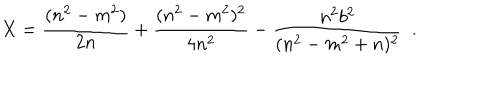
LaTeX: X = \frac { ( n ^ { 2 } - m ^ { 2 } ) } { 2 n } + \frac { ( n ^ { 2 } - m ^ { 2 } ) ^ { 2 } } { 4 n ^ { 2 } } - \frac { n ^ { 2 } b ^ { 2 } } { ( n ^ { 2 } - m ^ { 2 } + n ) ^ { 2 } } ~ ~ .